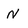
Character: N